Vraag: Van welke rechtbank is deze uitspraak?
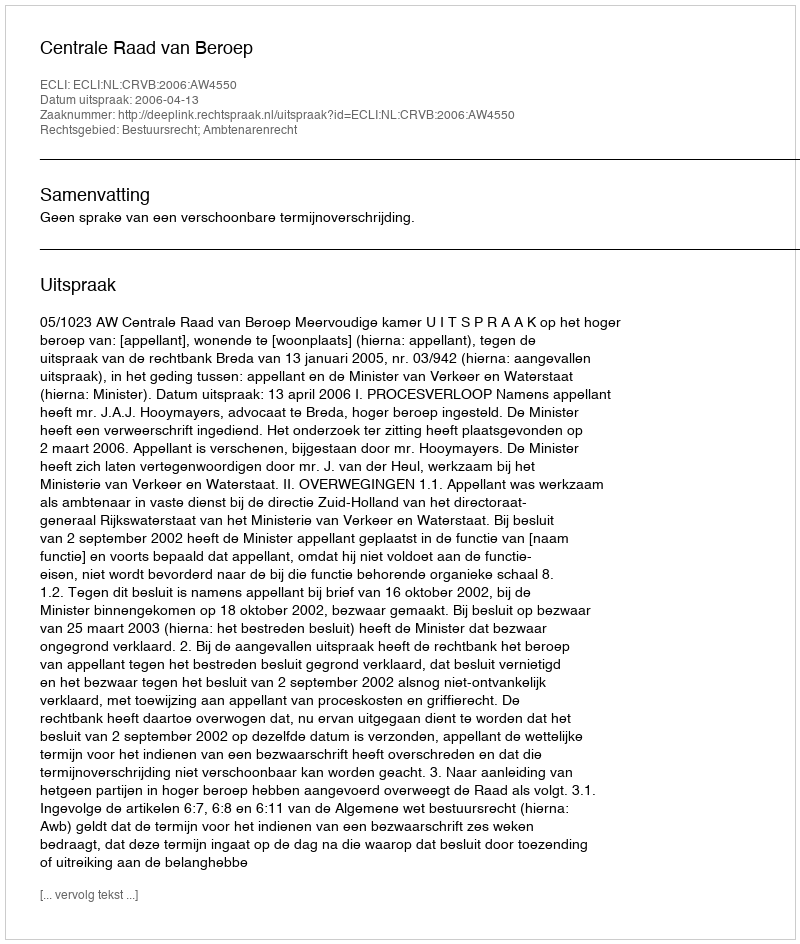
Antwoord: Centrale Raad van Beroep